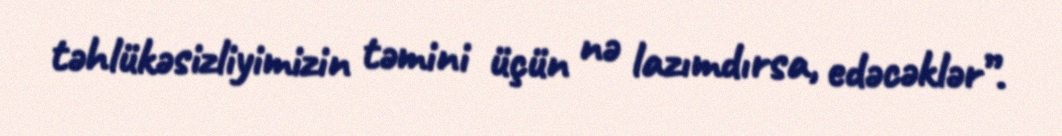
təhlükəsizliyimizin təmini üçün nə lazımdırsa, edəcəklər”.